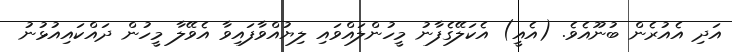
އަދި އެއުރެން ބުނޫއެވެ. (އެއީ) އެކަލޭގެފާނު މީހުންލައްވައި ލިޔުއްވާފައިވާ އެވޭލާ މީހުން ދައްކައިއުޅުނު